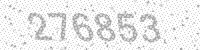
Solution: 276853